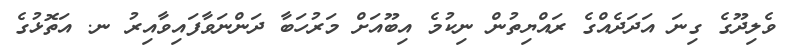
ވެލިދޫގެ ގިނަ އަދަދެއްގެ ރައްޔިތުން ނިކުމެ އިބޫއަށް މަރުހަބާ ދަންނަވާފައިވާއިރު ނ. އަތޮޅުގެ